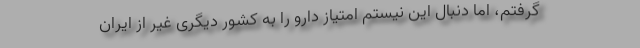
گرفتم، اما دنبال این نیستم امتیاز دارو را به کشور دیگری غیر از ایران